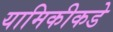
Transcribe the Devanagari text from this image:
यामिकीकडे